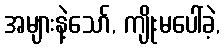
အများနဲ့သော်, ကျိုးမပေါ်ခဲ့,